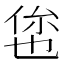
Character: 𬾥